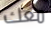
معك